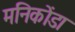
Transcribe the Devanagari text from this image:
मनिकोंडा